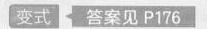
变式_答案见P176